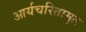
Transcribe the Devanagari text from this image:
आर्यचरितामृत